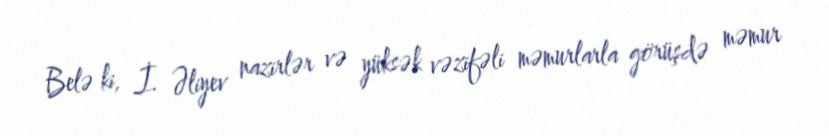
Belə ki, İ. Əliyev nazirlər və yüksək vəzifəli məmurlarla görüşdə məmur